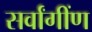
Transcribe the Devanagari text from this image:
सर्वांगींण